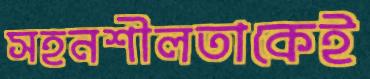
সহনশীলতাকেই